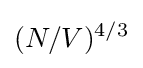
(N/V)^{4/3}